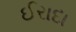
ઈરાદા